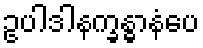
ဥပါဒါနက္ခန္ဓာနံပေ